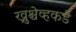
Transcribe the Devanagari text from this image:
ख्रुश्चेव्हकडे